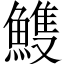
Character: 𩹹